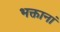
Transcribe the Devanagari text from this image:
भक्तानां